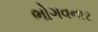
ભોગવનાર